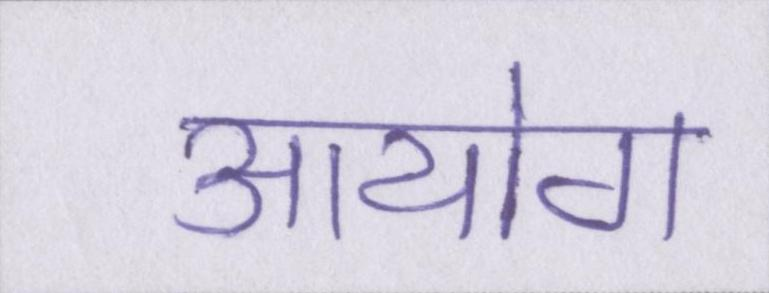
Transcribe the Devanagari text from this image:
आयोग